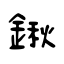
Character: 鍬